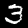
Digit: 3